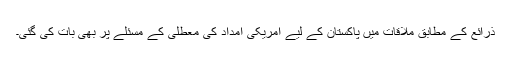
ذرائع کے مطابق ملاقات میں پاکستان کے لیے امریکی امداد کی معطلی کے مسئلے پر بھی بات کی گئی۔